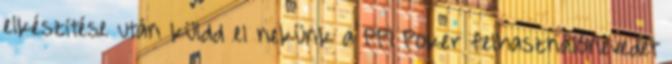
elkészítése után küldd el nekünk a PPI Poker felhasználónevedet